Annual report of the Punjab Veterinary College and of the Civil Veterinary Department, Punjab - 1894-1908
Year: 1894
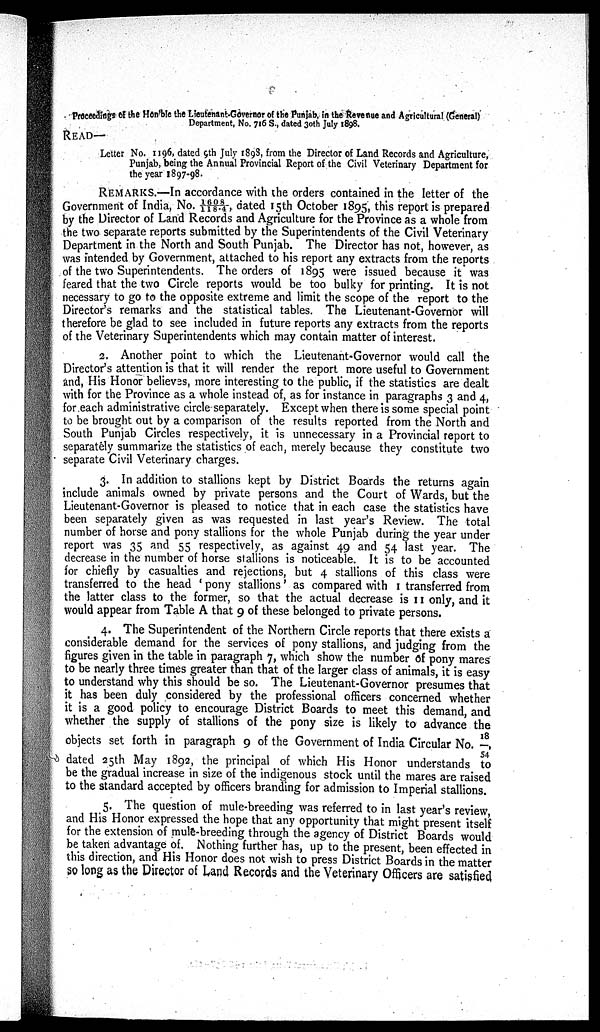
Proceedings of the Hon'ble the Lieutenant.Governor of the Punjab, in the Revenue and Agricultural (General)
Department, No. 716 S., dated 30th July 1898.
READ—
Letter No. 1196, dated 9th July 1898, from the Director of Land Records and Agriculture,
Punjab, being the Annual Provincial Report of the Civil Veterinary Department for
the year 1897-98.
REMARKS.—In accordance with the orders contained in the letter of the
Government of India, No. 1608/118.4, dated 15th October 1895, this report is prepared
by the Director of Land Records and Agriculture for the Province as a whole from
the two separate reports submitted by the Superintendents of the Civil Veterinary
Department in the North and South Punjab. The Director has not, however, as
was intended by Government, attached to his report any extracts from the reports
of the two Superintendents. The orders of 1895 were issued because it was
feared that the two Circle reports would be too bulky for printing. It is not
necessary to go to the opposite extreme and limit the scope of the report to the
Director's remarks and the statistical tables. The Lieutenant-Governor will
therefore be glad to see included in future reports any extracts from the reports
of the Veterinary Superintendents which may contain matter of interest.
2. Another point to which the Lieutenant-Governor would call the
Director's attention is that it will render the report more useful to Government
and, His Honor believes, more interesting to the public, if the statistics are dealt
with for the Province as a whole instead of, as for instance in paragraphs 3 and 4,
for each administrative circle separately. Except when there is some special point
to be brought out by a comparison of the results reported from the North and
South Punjab Circles respectively, it is unnecessary in a Provincial report to
separately summarize the statistics of each, merely because they constitute two
separate Civil Veterinary charges.
3. In addition to stallions kept by District Boards the returns again
include animals owned by private persons and the Court of Wards, but the
Lieutenant-Governor is pleased to notice that in each case the statistics have
been separately given as was requested in last year's Review. The total
number of horse and pony stallions for the whole Punjab during the year under
report was 35 and 55 respectively, as against 49 and 54 last year. The
decrease in the number of horse stallions is noticeable. It is to be accounted
for chiefly by casualties and rejections, but 4 stallions of this class were
transferred to the head ' pony stallions' as compared with I transferred from
the latter class to the former, so that the actual decrease is 11 only, and it
would appear from Table A that 9 of these belonged to private persons.
4. The Superintendent of the Northern Circle reports that there exists a
considerable demand for the services of pony stallions, and judging from the
figures given in the table in paragraph 7, which show the number of pony mares
to be nearly three times greater than that of the larger class of animals, it is easy
to understand why this should be so. The Lieutenant-Governor presumes that
it has been duly considered by the professional officers concerned whether
it is a good policy to encourage District Boards to meet this demand, and
whether the supply of stallions of the pony size is likely to advance the
objects set forth in paragraph 9 of the Government of India Circular No. 18/54,
dated 25th May 1892, the principal of which His Honor understands to
be the gradual increase in size of the indigenous stock until the mares are raised
to the standard accepted by officers branding for admission to Imperial stallions.
5. The question of mule-breeding was referred to in last year's review,
and His Honor expressed the hope that any opportunity that might present itself
for the extension of mule-breeding through the agency of District Boards would
be taken advantage of. Nothing further has, up to the present, been effected in
this direction, and His Honor does not wish to press District Boards in the matter
so long as the Director of Land Records and the Veterinary Officers are satisfied